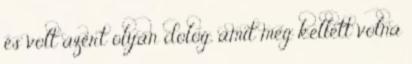
és volt azért olyan dolog, amit meg kellett volna